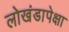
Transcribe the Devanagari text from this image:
लोखंडापेक्षा